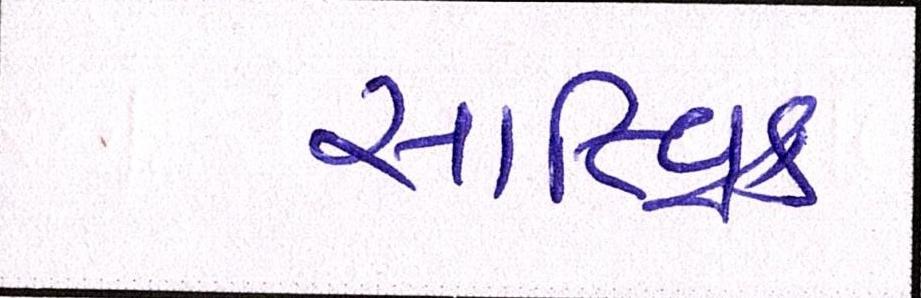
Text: સાત્ત્વિક